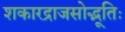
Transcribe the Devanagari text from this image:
शकारद्राजसोद्भूतिः